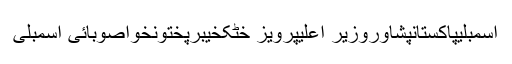
اسمبلیپاکستانپشاوروزیر اعلیٰپرویز خٹکخیبرپختونخواصوبائی اسمبلی